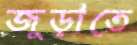
জুড়াতে